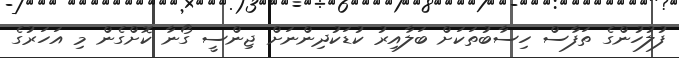
ފުލުހުންގެ ތަފާސް ހިސާބުތަކަށް ބަލާއިރު ކުޑަކުދިންނަށް ޖިންސީ ގޯނާ ކޮށްގެން މި އަހަރުގެ